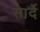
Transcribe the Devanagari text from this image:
सार्दे